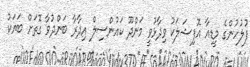
ފުލުހުންގެ މީީޑިއާ އޮފިޝަލަކު ވިދާޅުވީ މަންދޫ ކައުންސިލް އިދާރާ ބަންދުވާ ގޮތަށް ބަޔަކު